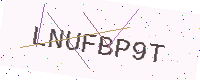
Text: LNUFBP9T